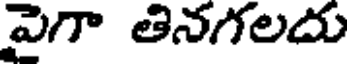
పైగా తినగలదు